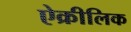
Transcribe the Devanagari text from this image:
ऐक्रीलिक